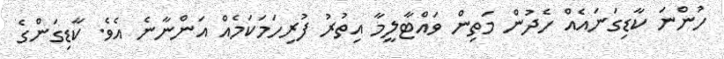
ހުންނަ ކާޑިގަނައެއް ހެދުން މަތިން ވައްޓާލީމާ އިތުރު ފުރިހަމަކަމެއް އަންނާނެ އެވެ. ކާޑިގަންގެ